Source: Handwritten
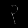
Digit: ၃ (3)